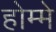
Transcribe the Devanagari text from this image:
होम्मे